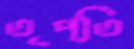
তৃপ্তি